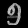
Digit: ၅